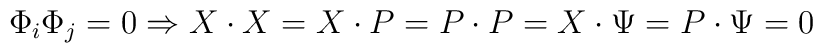
\Phi _{i}\Phi _{j}=0\Rightarrow X\cdot X=X\cdot P=P\cdot P=X\cdot \Psi=P\cdot \Psi =0